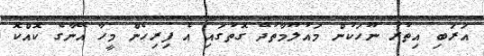
އަރަބި އިތުރު ނޫހަކުން މައުލޫމާތުދޭ ގޮތުގައި އެ ފިރިހެން މީހާ އޭނާގެ ކޮއްކޮ